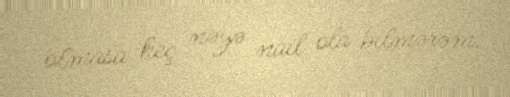
olmasa heç nəyə nail ola bilmərəm.